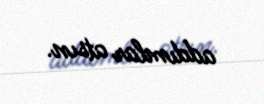
addımlar atsın.